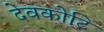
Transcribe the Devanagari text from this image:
देवकोटि